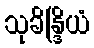
သုခိန္ဒြိယံ